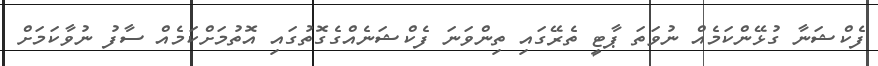
ފެކްޝަނާ ގުޅޭންކަމެއް ނުވަތަ ޕާޓީ ތެރޭގައި ތިންވަނަ ފެކްޝަނެއްގެގޮތުގައި އޮތުމަށްކަމެއް ސާފު ނުވާކަމަށް